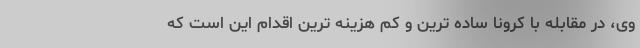
وی، در مقابله با کرونا ساده ترین و کم هزینه ترین اقدام این است که